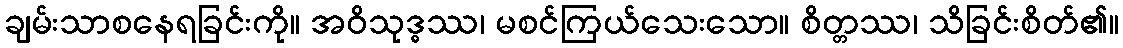
ချမ်းသာစနေရခြင်းကို။ အဝိသုဒ္ဓဿ၊ မစင်ကြယ်သေးသော။ စိတ္တဿ၊ သိခြင်းစိတ်၏။